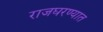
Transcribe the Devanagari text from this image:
राजघरण्यात